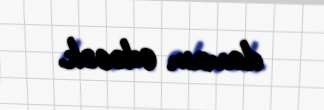
davam edəcək.